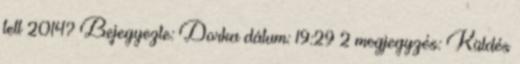
telt 2014? Bejegyezte: Dorka dátum: 19:29 2 megjegyzés: Küldés